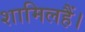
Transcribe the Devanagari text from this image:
शामिलहैं।